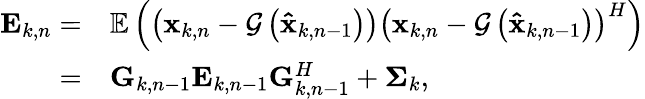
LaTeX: \begin{array}{rl}{{{\mathbf{E}}_{k,n}}=}&{{\mathbb E}\left({\left({{{\mathbf{x}}_{k,n}}-{\cal G}\left({{{{\mathbf{\hat{x}}}}_{k,n-1}}}\right)}\right){{\left({{{\mathbf{x}}_{k,n}}-{\cal G}\left({{{{\mathbf{\hat{x}}}}_{k,n-1}}}\right)}\right)}^{H}}}\right)}\\ {=}&{{{\mathbf{G}}_{k,n-1}}{{\mathbf{E}}_{k,n-1}}{\mathbf{G}}_{k,n-1}^{H}+{{\mathbf{\Sigma}}_{k}},}\end{array}